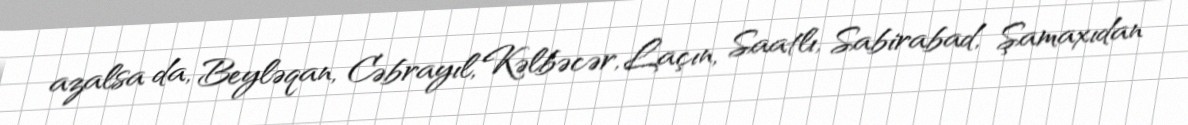
azalsa da, Beyləqan, Cəbrayıl, Kəlbəcər, Laçın, Saatlı, Sabirabad, Şamaxıdan